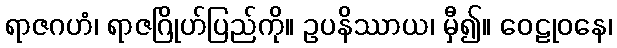
ရာဇဂဟံ၊ ရာဇဂြိုဟ်ပြည်ကို။ ဥပနိဿာယ၊ မှီ၍။ ဝေဠုဝနေ၊